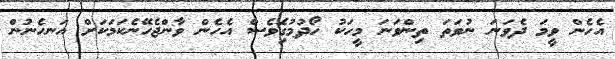
އެހެން ވީމަ ދެވަނަ ނުވަތަ ތިންވަނަ މީހަކު ހޯދުމުގަެިވެސް އެހެން ވާންޖެހޭނެކަމަކަށް އަނހެނުން